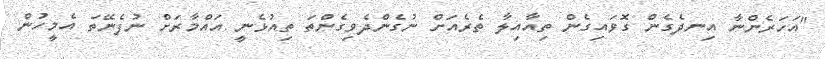
"އަހަރެންނާ އިނދެގެން ގޮވައިގެން ތިއާއިލާ ތެރެއަށް ނުގެންދެވިގެންތަ ތިއުޅެނީ އައްމާރަށް ނުފެނޭތަ އެމީހުން